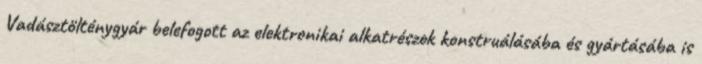
Vadásztölténygyár belefogott az elektronikai alkatrészek konstruálásába és gyártásába is